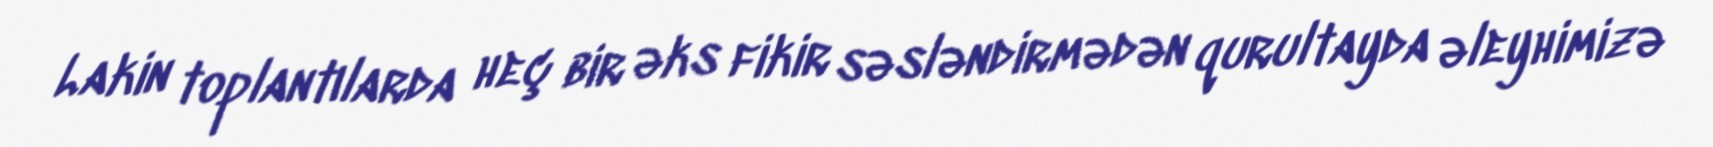
Lakin toplantılarda heç bir əks fikir səsləndirmədən qurultayda əleyhimizə